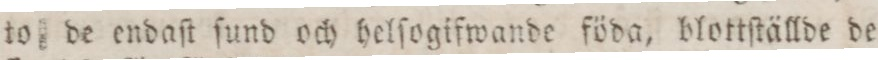
to de endaſt ſund och helſogifwande föda, blottſtällde de